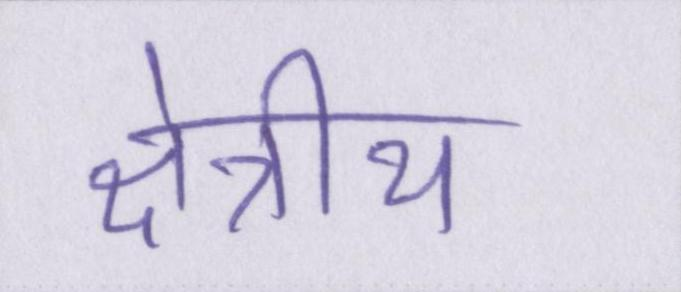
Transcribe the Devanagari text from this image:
क्षेत्रीय